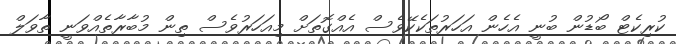
ކުރިކެޓް ބޯޑުން ބުނީ އެހެން އަހަރުތަކެކޭވެސް އެއްގޮތަށް މިއަހަރުވެސް ތިން މުބާރާތެއްވަނީ ތާވަލް